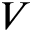
V